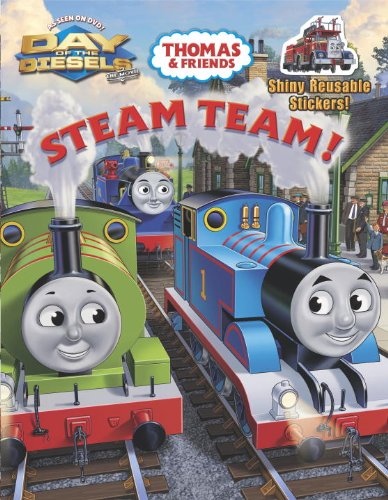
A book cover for Steam Team! (Thomas & Friends) (Reusable Sticker Book); Rev. W. Awdry; Children's Books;